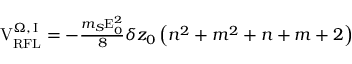
\begin{array} { r } { \mathrm { V } _ { \mathrm { R F L } } ^ { \Omega , \, \mathrm { I } } = - \frac { m _ { S } \mathrm { E } _ { 0 } ^ { 2 } } { 8 } \delta z _ { 0 } \left( n ^ { 2 } + m ^ { 2 } + n + m + 2 \right) } \end{array}